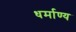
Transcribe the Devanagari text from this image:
धर्माण्य